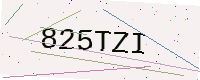
Text: 825TZI